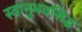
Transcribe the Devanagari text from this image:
स्वानुभवसिद्ध